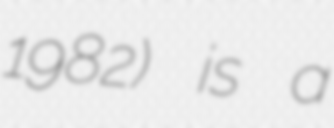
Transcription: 1982) is a